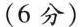
(6分)